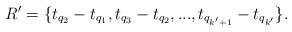
LaTeX: \begin{align*}R' = \{ t_{q_2}-t_{q_1}, t_{q_3}-t_{q_2},..., t_{q_{k'+1}} - t_{q_{k'}} \}.\end{align*}